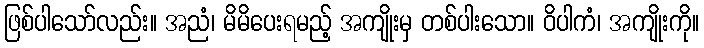
ဖြစ်ပါသော်လည်း။ အညံ၊ မိမိပေးရမည့် အကျိုးမှ တစ်ပါးသော။ ဝိပါကံ၊ အကျိုးကို။